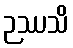
ဉဿသိ